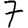
Digit: 7